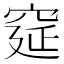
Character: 𮃾